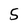
Character: 5